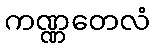
ကဏ္ဏတေလံ